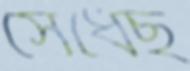
সেধেছ